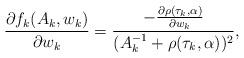
LaTeX: \begin{align*}\frac{\partial f_{k}(A_{k}, w_{k})}{\partial w_{k}} = \frac{- \frac{\partial \rho(\tau_{k},\alpha)}{\partial w_{k}}}{(A_{k}^{-1} + \rho(\tau_{k}, \alpha))^2},\end{align*}